Scottish Leaving Certificate Examination, 1952
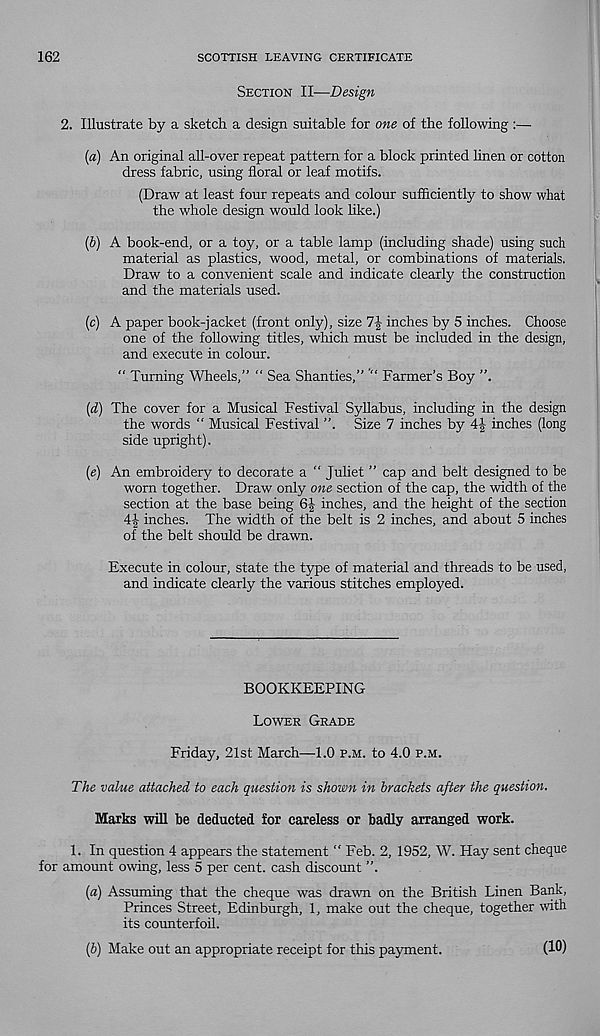
162
SCOTTISH LEAVING CERTIFICATE
Section II—Design
2. Illustrate by a sketch a design suitable for one of the following :—
[a) An original all-over repeat pattern for a block printed linen or cotton
dress fabric, using floral or leaf motifs.
(Draw at least four repeats and colour sufficiently to show what
the whole design would look like.)
(&) A book-end, or a toy, or a table lamp (including shade) using such
material as plastics, wood, metal, or combinations of materials.
Draw to a convenient scale and indicate clearly the construction
and the materials used.
(c) A paper book-jacket (front only), size 7| inches by 5 inches. Choose
one of the following titles, which must be included in the design,
and execute in colour.
" Turning Wheels,” “ Sea Shanties,” Farmer’s Boy ”.
(d) The cover for a Musical Festival Syllabus, including in the design
the words “ Musical Festival ”. Size 7 inches by 4| inches (long
side upright).
(e) An embroidery to decorate a " Juliet ” cap and belt designed to he
worn together. Draw only one section of the cap, the width of the
section at the base being 6J inches, and the height of the section
inches. The width of the belt is 2 inches, and about 5 inches
of the belt should be drawn.
Execute in colour, state the type of material and threads to be used,
and indicate clearly the various stitches employed.
BOOKKEEPING
Lower Grade
Friday, 21st March—1.0 p.m. to 4.0 p.m.
The value attached to each question is shown in brackets after the question.
Marks will be deducted for careless or badly arranged work.
1. In question 4 appears the statement “ Feb. 2, 1952, W. Hay sent cheque
for amount owing, less 5 per cent, cash discount ”.
(a) Assuming that the cheque was drawn on the British Linen Bank,
Princes Street, Edinburgh, 1, make out the cheque, together with
its counterfoil.
(b) Make out an appropriate receipt for this payment.
(10)